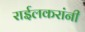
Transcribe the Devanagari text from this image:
राईलकरांनी